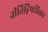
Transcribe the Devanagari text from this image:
नीतिद्विषष्ठिका